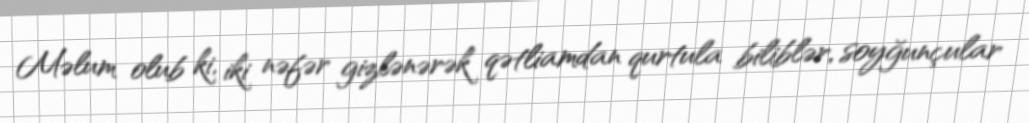
Məlum olub ki, iki nəfər gizlənərək qətliamdan qurtula biliblər, soyğunçular